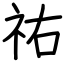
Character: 祐